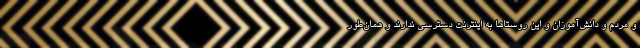
و مردم و دانش‌آموزان و این روستاها به اینترنت دسترسی ندارند و همان‌طور